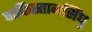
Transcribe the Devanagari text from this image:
पाकिस्तानसिंधु